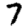
Digit: 7